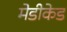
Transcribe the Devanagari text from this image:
मेडीकेड